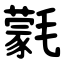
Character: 氋